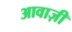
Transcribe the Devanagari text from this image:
आवाज़ी